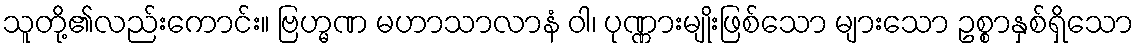
သူတို့၏လည်းကောင်း။ ဗြဟ္မဏ မဟာသာလာနံ ဝါ၊ ပုဏ္ဏားမျိုးဖြစ်သော များသော ဥစ္စာနှစ်ရှိသော